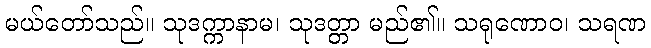
မယ်တော်သည်။ သုဒက္ကာနာမ၊ သုဒတ္တာ မည်၏။ သရုဏောဝ၊ သရဏ